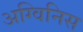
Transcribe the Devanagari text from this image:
अग्विनिस